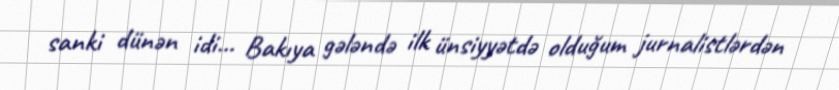
sanki dünən idi... Bakıya gələndə ilk ünsiyyətdə olduğum jurnalistlərdən